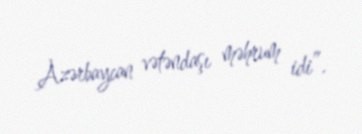
Azərbaycan vətəndaşı məhrum idi”.